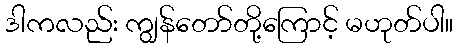
ဒါကလည်း ကျွန်တော်တို့ကြောင့် မဟုတ်ပါ။